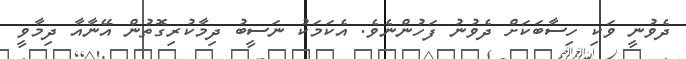
ދެވުނީ ވަކި ހިސާބަކަށް ދެވުނު ފަހުންނެވެ. އެކަމަކު ނަސީބު ދިމާކުރިގޮތުން އޭނާއާ ދިމާވީ